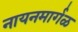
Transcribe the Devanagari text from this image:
नायनमार्गळ